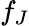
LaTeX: f_{J}